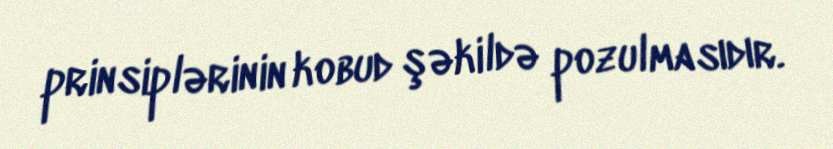
prinsiplərinin kobud şəkildə pozulmasıdır.